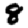
Digit: 8